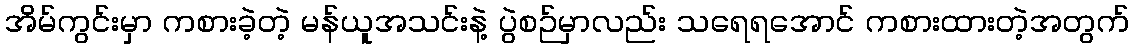
အိမ်ကွင်းမှာ ကစားခဲ့တဲ့ မန်ယူအသင်းနဲ့ ပွဲစဉ်မှာလည်း သရေရအောင် ကစားထားတဲ့အတွက်